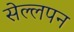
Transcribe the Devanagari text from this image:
सेल्लपन